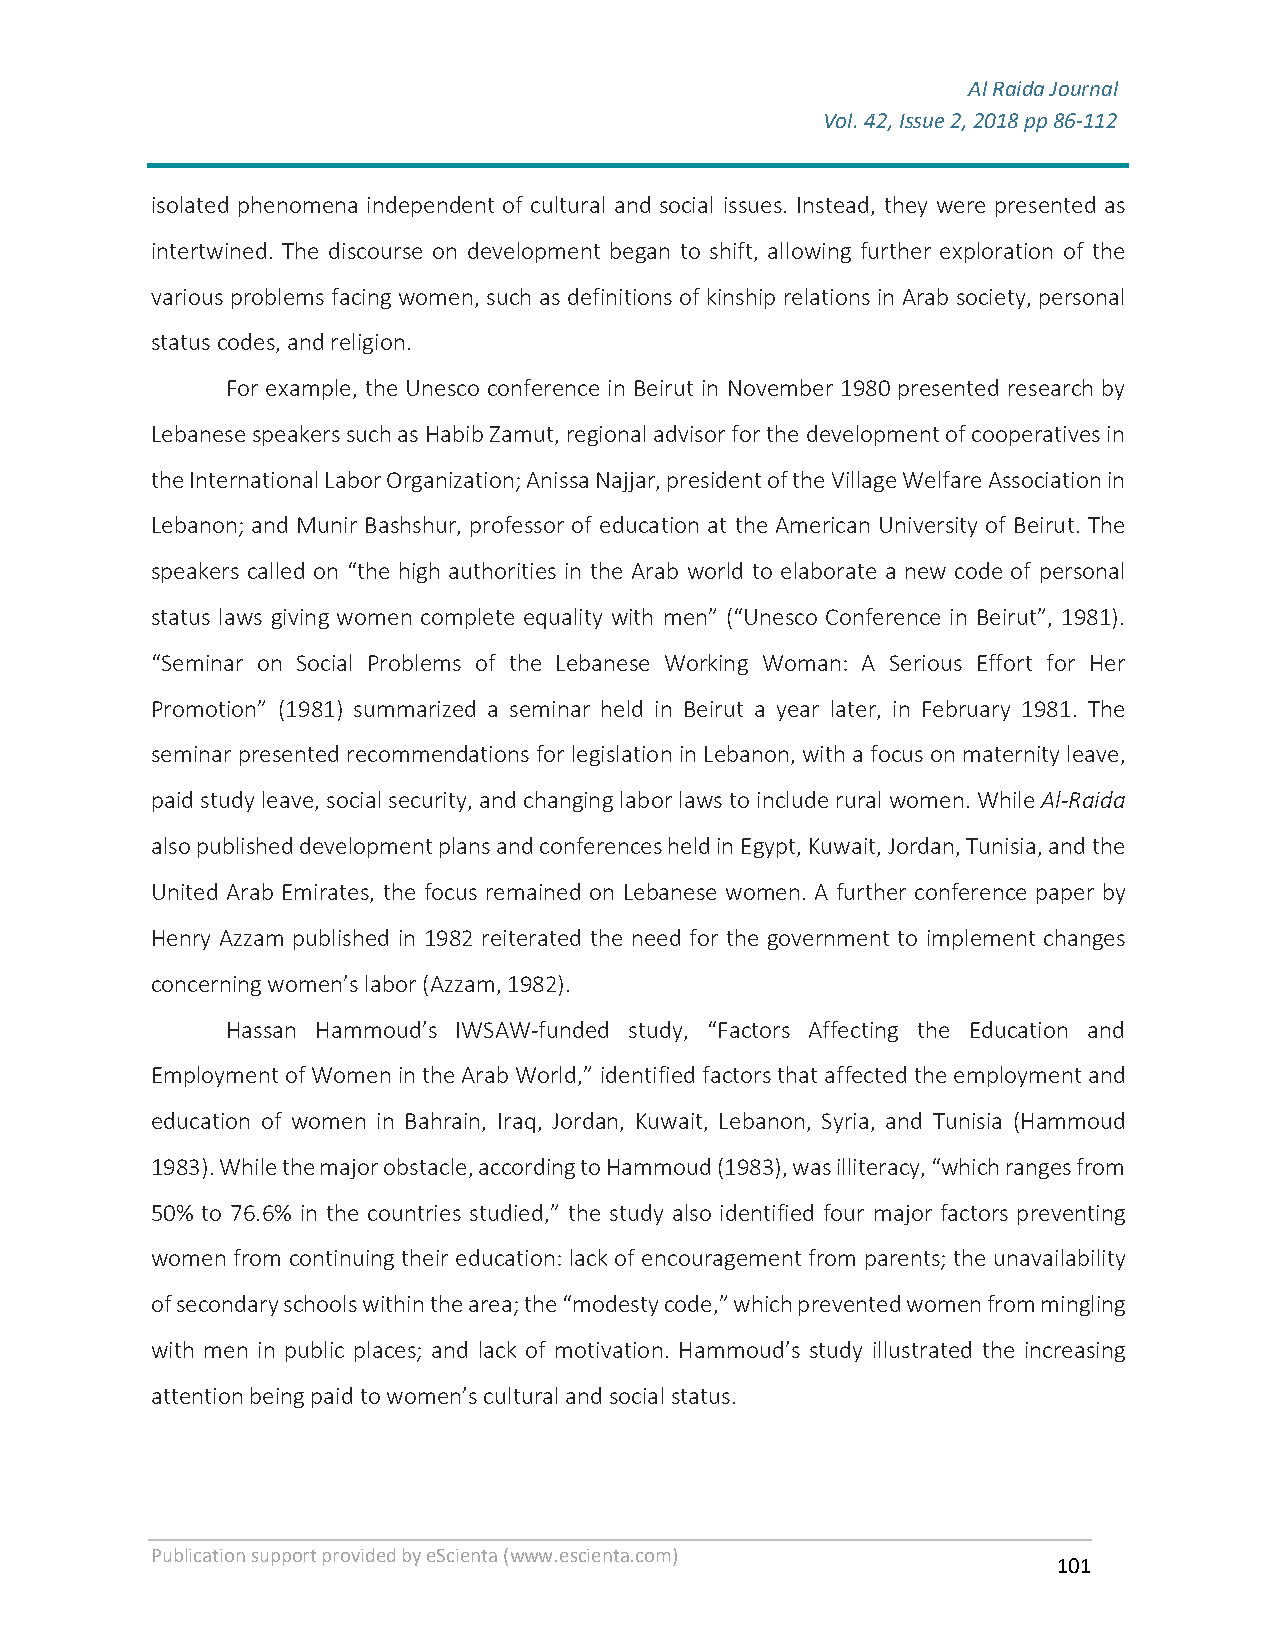
Al Raida Journal
 Vol. 42, Issue 2, 2018 pp 86-112
 F
 isolated phenomena independent of cultural and social issues. Instead, they were presented as
 intertwined. The discourse on development began to shift, allowing further exploration of the
 various problems facing women, such as definitions of kinship relations in Arab society, personal
 status codes, and religion.
 For example, the Unesco conference in Beirut in November 1980 presented research by
 Lebanese speakers such as Habib Zamut, regional advisor for the development of cooperatives in
 the International Labor Organization; Anissa Najjar, president of the Village Welfare Association in
 Lebanon; and Munir Bashshur, professor of education at the American University of Beirut. The
 speakers called on “the high authorities in the Arab world to elaborate a new code of personal
 status laws giving women complete equality with men” (“Unesco Conference in Beirut”, 1981).
 “Seminar on Social Problems of the Lebanese Working Woman: A Serious Effort for Her
 Promotion” (1981) summarized a seminar held in Beirut a year later, in February 1981. The
 seminar presented recommendations for legislation in Lebanon, with a focus on maternity leave,
 paid study leave, social security, and changing labor laws to include rural women. While Al-Raida
 also published development plans and conferences held in Egypt, Kuwait, Jordan, Tunisia, and the
 United Arab Emirates, the focus remained on Lebanese women. A further conference paper by
 Henry Azzam published in 1982 reiterated the need for the government to implement changes
 concerning women’s labor (Azzam, 1982).
 Hassan Hammoud’s IWSAW-funded study, “Factors Affecting the Education and
 Employment of Women in the Arab World,” identified factors that affected the employment and
 education of women in Bahrain, Iraq, Jordan, Kuwait, Lebanon, Syria, and Tunisia (Hammoud
 1983). While the major obstacle, according to Hammoud (1983), was illiteracy, “which ranges from
 50% to 76.6% in the countries studied,” the study also identified four major factors preventing
 women from continuing their education: lack of encouragement from parents; the unavailability
 of secondary schools within the area; the “modesty code,” which prevented women from mingling
 with men in public places; and lack of motivation. Hammoud’s study illustrated the increasing
 attention being paid to women’s cultural and social status.
 Publication support provided by eScienta (www.escienta.com)
 101